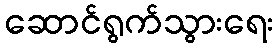
ဆောင်ရွက်သွားရေး